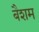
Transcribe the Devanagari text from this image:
बैशम